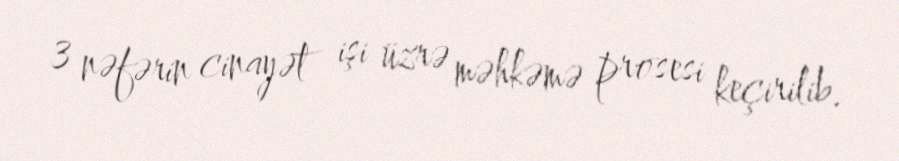
3 nəfərin cinayət işi üzrə məhkəmə prosesi keçirilib.